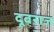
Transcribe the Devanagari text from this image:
दूबराज